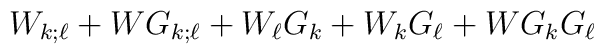
W_{k ; \ell} + W G_{k ; \ell}+ W_\ell G_k + W_k G_\ell + W G_k G_\ell